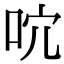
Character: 𠰽